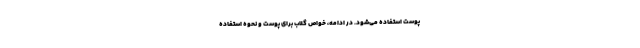
پوست استفاده می‌شود. در ادامه، خواص گلاب برای پوست و نحوه استفاده